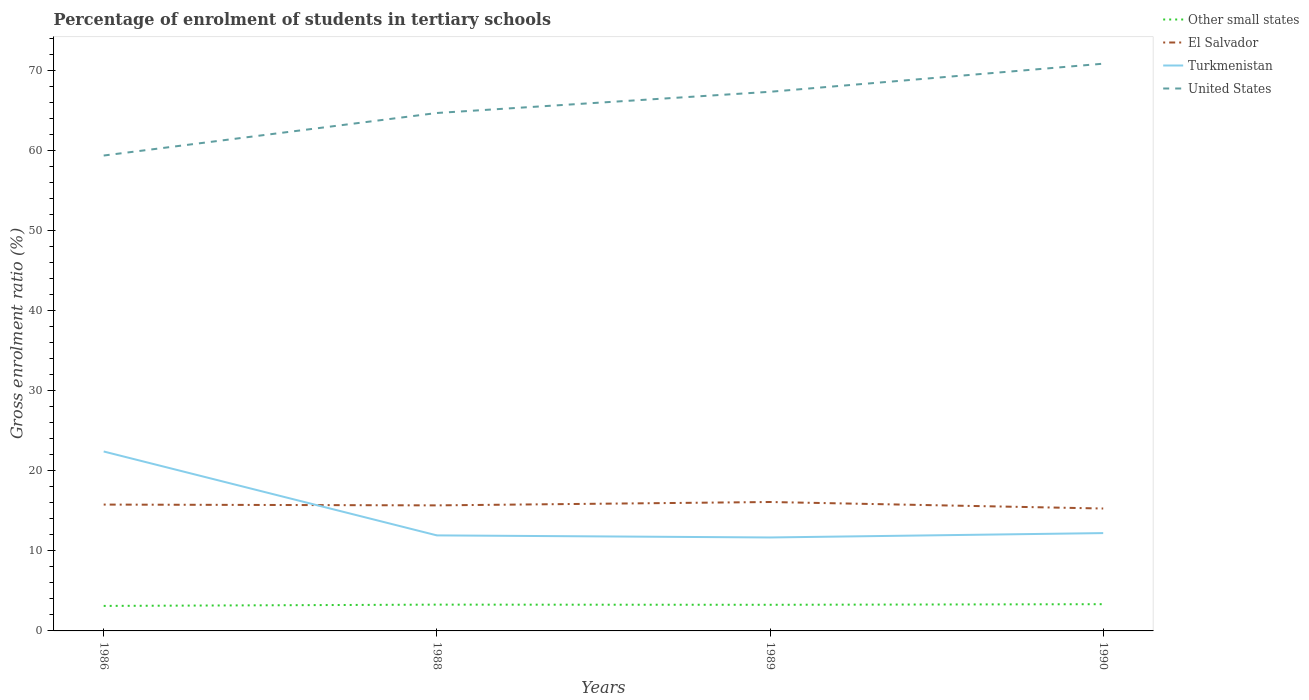
| Years | Other small states | El Salvador | Turkmenistan | United States |
 | --- | --- | --- | --- | --- |
 | 1986 | 3.12 | 15.8 | 22.4 | 59.3 |
 | 1988 | 3.28 | 15.7 | 11.9 | 64.7 |
 | 1989 | 3.26 | 16.1 | 11.7 | 67.3 |
 | 1990 | 3.34 | 15.3 | 12.2 | 70.8 |